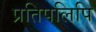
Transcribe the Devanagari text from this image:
प्रतिपलिपि